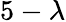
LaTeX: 5-\lambda